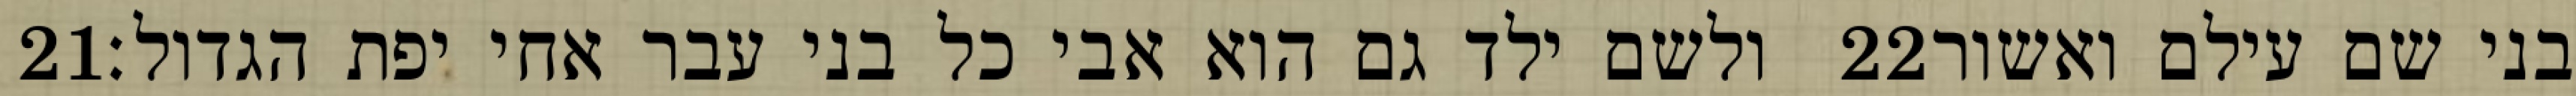
‎21‏ ולשם ילד גם הוא אבי כל בני עבר אחי יפת הגדול׃ ‎22‏ בני שם עילם ואשור